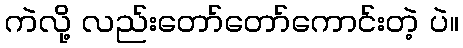
ကဲလို့ လည်းတော်တော်ကောင်းတဲ့ ပဲ။